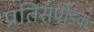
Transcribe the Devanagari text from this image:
प्रतिसंपीडक